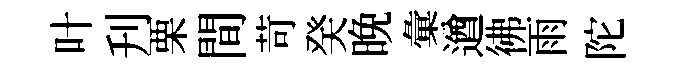
叶刋栗間苛癸晩彙遒彿雨陀